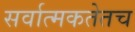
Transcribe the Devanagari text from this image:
सर्वात्मकतेतच